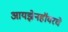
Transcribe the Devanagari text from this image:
आयझेनहॉवरचे